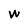
Character: W